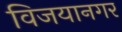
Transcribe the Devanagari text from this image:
विजयानगर